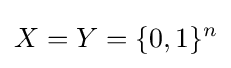
X=Y=\{0,1\}^{n}